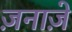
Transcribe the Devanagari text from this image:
ज़नाज़े